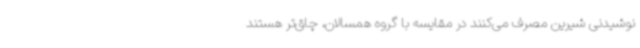
نوشیدنی شیرین مصرف می‌کنند در مقایسه با گروه همسالان، چاق‌تر هستند